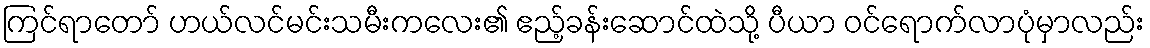
ကြင်ရာတော် ဟယ်လင်မင်းသမီးကလေး၏ ဧည့်ခန်းဆောင်ထဲသို့ ပီယာ ဝင်ရောက်လာပုံမှာလည်း